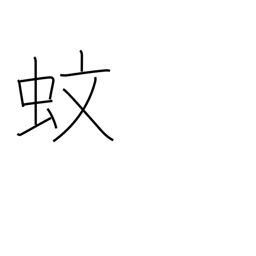
Meaning: mosquito